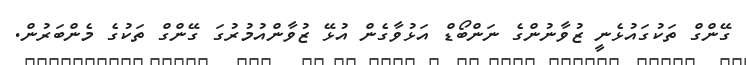
ގޭންގް ތަކުގައުޅެނީ ޒުވާނުންގެ ނަންބޯޑް އަޅުވާގެން އުޅޭ ޒުވާންއުމުރުގަ ގޭންގް ތަކުގެ މެންބަރުން.